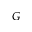
G